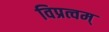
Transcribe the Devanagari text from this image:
विप्रत्वम्